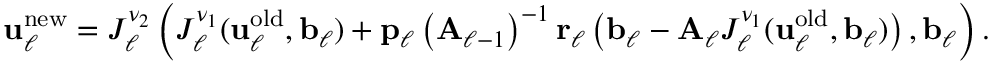
\boldsymbol { \mathbf { u } } _ { \ell } ^ { \mathrm { n e w } } = { J } _ { \ell } ^ { \nu _ { 2 } } \left( { J } _ { \ell } ^ { \nu _ { 1 } } ( \boldsymbol { \mathbf { u } } _ { \ell } ^ { \mathrm { o l d } } , \boldsymbol { \mathbf { b } } _ { \ell } ) + \boldsymbol { \mathbf { p } } _ { \ell } \left( \boldsymbol { \mathbf { A } } _ { \ell - 1 } \right) ^ { - 1 } \boldsymbol { \mathbf { r } } _ { \ell } \left( \boldsymbol { \mathbf { b } } _ { \ell } - \boldsymbol { \mathbf { A } } _ { \ell } { J } _ { \ell } ^ { \nu _ { 1 } } ( \boldsymbol { \mathbf { u } } _ { \ell } ^ { \mathrm { o l d } } , \boldsymbol { \mathbf { b } } _ { \ell } ) \right) , \boldsymbol { \mathbf { b } } _ { \ell } \right) .